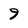
Character: 9